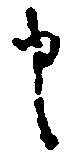
申